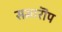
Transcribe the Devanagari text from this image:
समारॊप